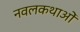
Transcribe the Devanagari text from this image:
नवलकथाओं